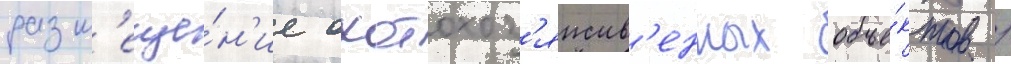
разм'еще́н'ие охотохоз'яиств'енных объе́ктов /